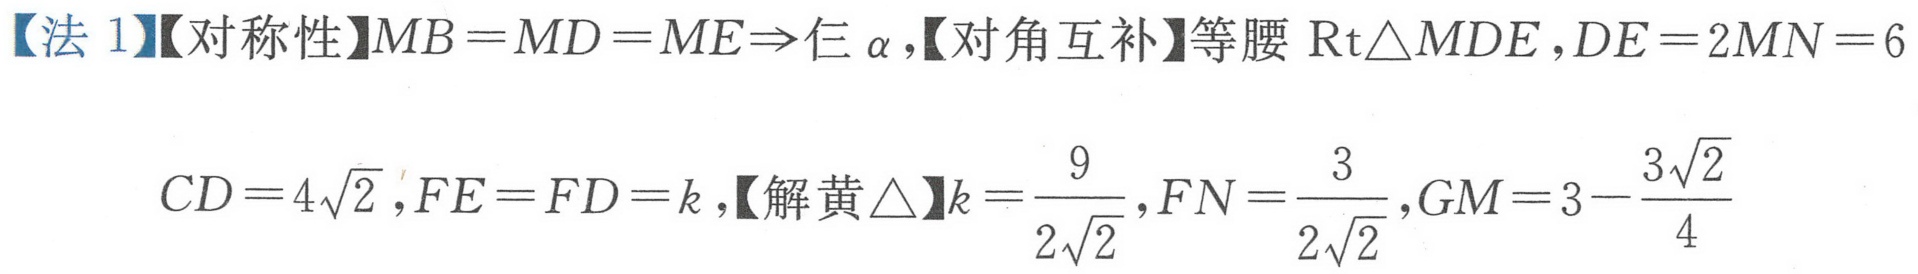
【法1】【对称性】\(MB = MD = ME\Rightarrow\)仨\(\alpha\)，【对角互补】等腰\(\text{Rt}\triangle MDE\)，\(DE = 2MN = 6\)
\(CD = 4\sqrt{2}\)，\(FE = FD = k\)，【解黄\(\triangle\)】\(k=\frac{9}{2\sqrt{2}}\)，\(FN=\frac{3}{2\sqrt{2}}\)，\(GM = 3-\frac{3\sqrt{2}}{4}\)